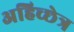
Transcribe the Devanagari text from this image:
अहिच्छेत्र